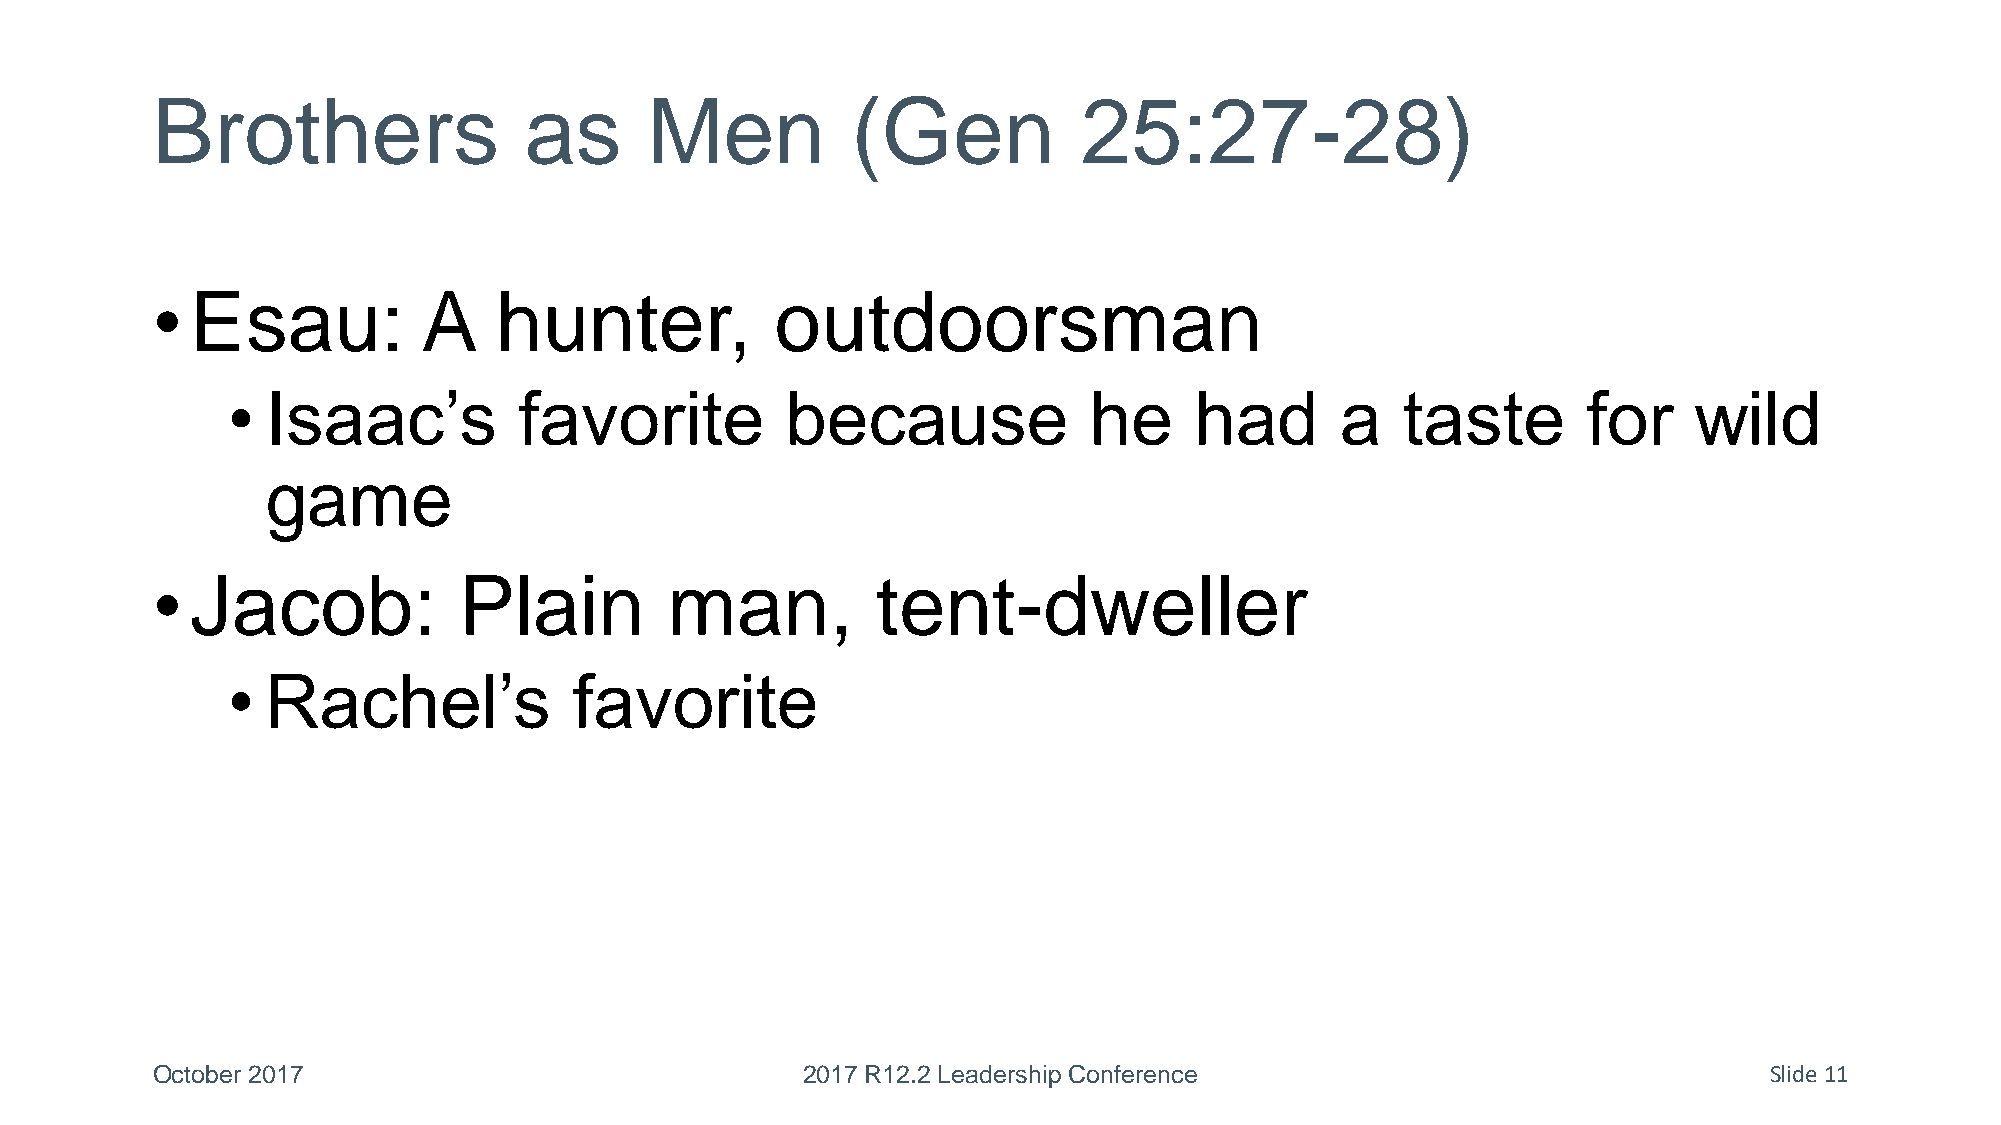
Brothers                 as      Men          (Gen            25:27-28)
 •  Esau:          A    hunter,           outdoorsman
 •  Isaac’s         favorite          because             he     had       a   taste       for    wild
 game
 •  Jacob:           Plain         man,          tent-dweller
 •  Rachel’s            favorite
 October 2017                               2017 R12.2 Leadership Conference                                Slide 11